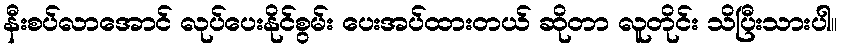
နီးစပ်လာအောင် လုပ်ပေးနိုင်စွမ်း ပေးအပ်ထားတယ် ဆိုတာ လူတိုင်း သိပြီးသားပါ။